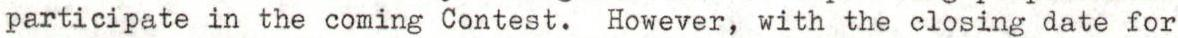
participate in the coming Contest. However, with the closing date for